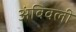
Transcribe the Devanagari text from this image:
अंबिवली